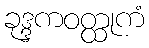
ခုဒ္ဒကဝတ္ထုကံ